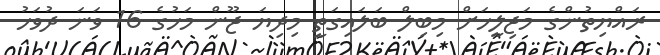
ރައްޔިތުންގެ މަޖިލީހަށް މިބިލް ބަލައިގަތީ މިދިޔަ ޖޫން މަހުގެ 16 ވަނަ ދުވަހު